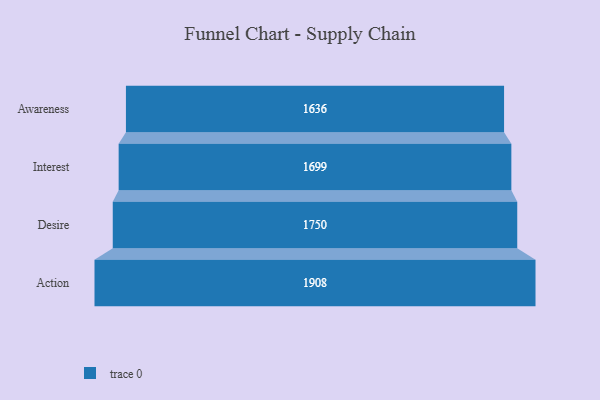
{"axis": {"x": "Stage", "y": "Value"}, "legend": [""], "data": [{"x": "Awareness", "y": 1636.0, "type": ""}, {"x": "Interest", "y": 1699.0, "type": ""}, {"x": "Desire", "y": 1750.0, "type": ""}, {"x": "Action", "y": 1908.0, "type": ""}]}